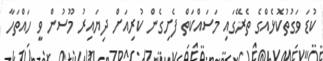
ކުޑަ ވަގުތުކޮޅެއްގެ ތެރޭގައި މަސައްކަތް ފެށިގެން ކުރިއަށް ދިޔައިރު މޫސުން ވީ ހައްތަހާ